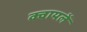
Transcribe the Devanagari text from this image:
क्वायलें